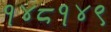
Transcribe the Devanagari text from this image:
१४८१४९